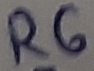
Text: R6